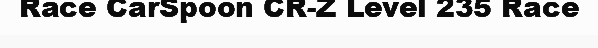
Race CarSpoon CR-Z Level 235 Race